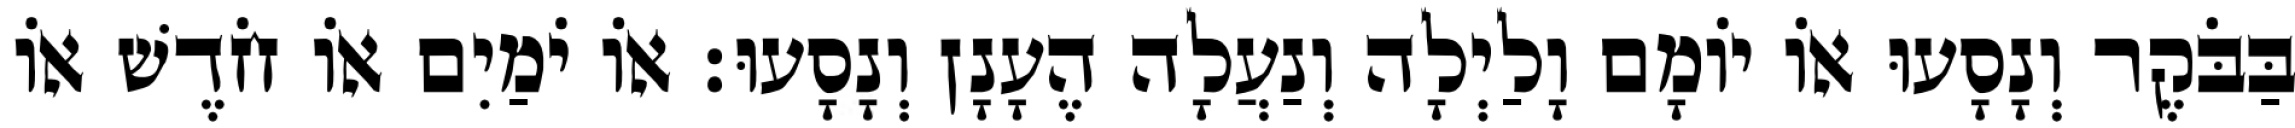
בַּבֹּקֶר וְנָסָעוּ אוֹ יוֹמָם וָלַיְלָה וְנַעֲלָה הֶעָנָן וְנָסָעוּ׃ אוֹ יֹמַיִם אוֹ חֹדֶשׁ אוֹ